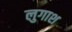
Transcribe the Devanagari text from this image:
लुगाश